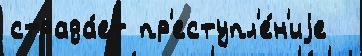
страда́ет пр'еступл'е́н'иjе